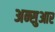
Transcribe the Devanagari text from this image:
अन्सुआर